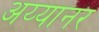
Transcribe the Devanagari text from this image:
अय्यानर